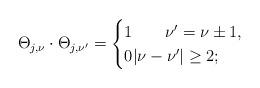
LaTeX: \begin{align*}\Theta_{j,\nu}\cdot\Theta_{j,\nu'}=\begin{cases}1\qquad\nu'=\nu\pm 1,\\0\vert\nu-\nu'\vert\geq 2;\end{cases}\end{align*}